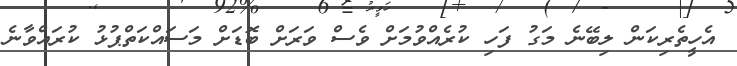
އެހީތެރިކަން ލިބޭނެ މަގު ފަހި ކުރެއްވުމަށް ވެސް ވަރަށް ބޮޑަށް މަސައްކަތްޕުޅު ކުރައްވާނެ